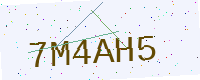
Text: 7M4AH5